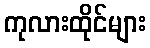
ကုလားထိုင်များ